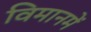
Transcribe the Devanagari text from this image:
विमानमें